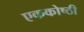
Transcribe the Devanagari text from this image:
एककोष्ठी